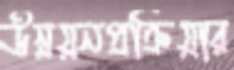
উন্নয়নপ্রক্রিয়ার